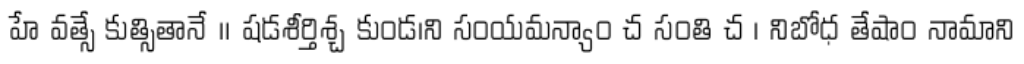
హే వత్సే కుత్సితానే ॥ షడశీర్తిశ్చ కుండ।ని సంయమన్యాం చ సంతి చ । నిబోధ తేషాం నామాని